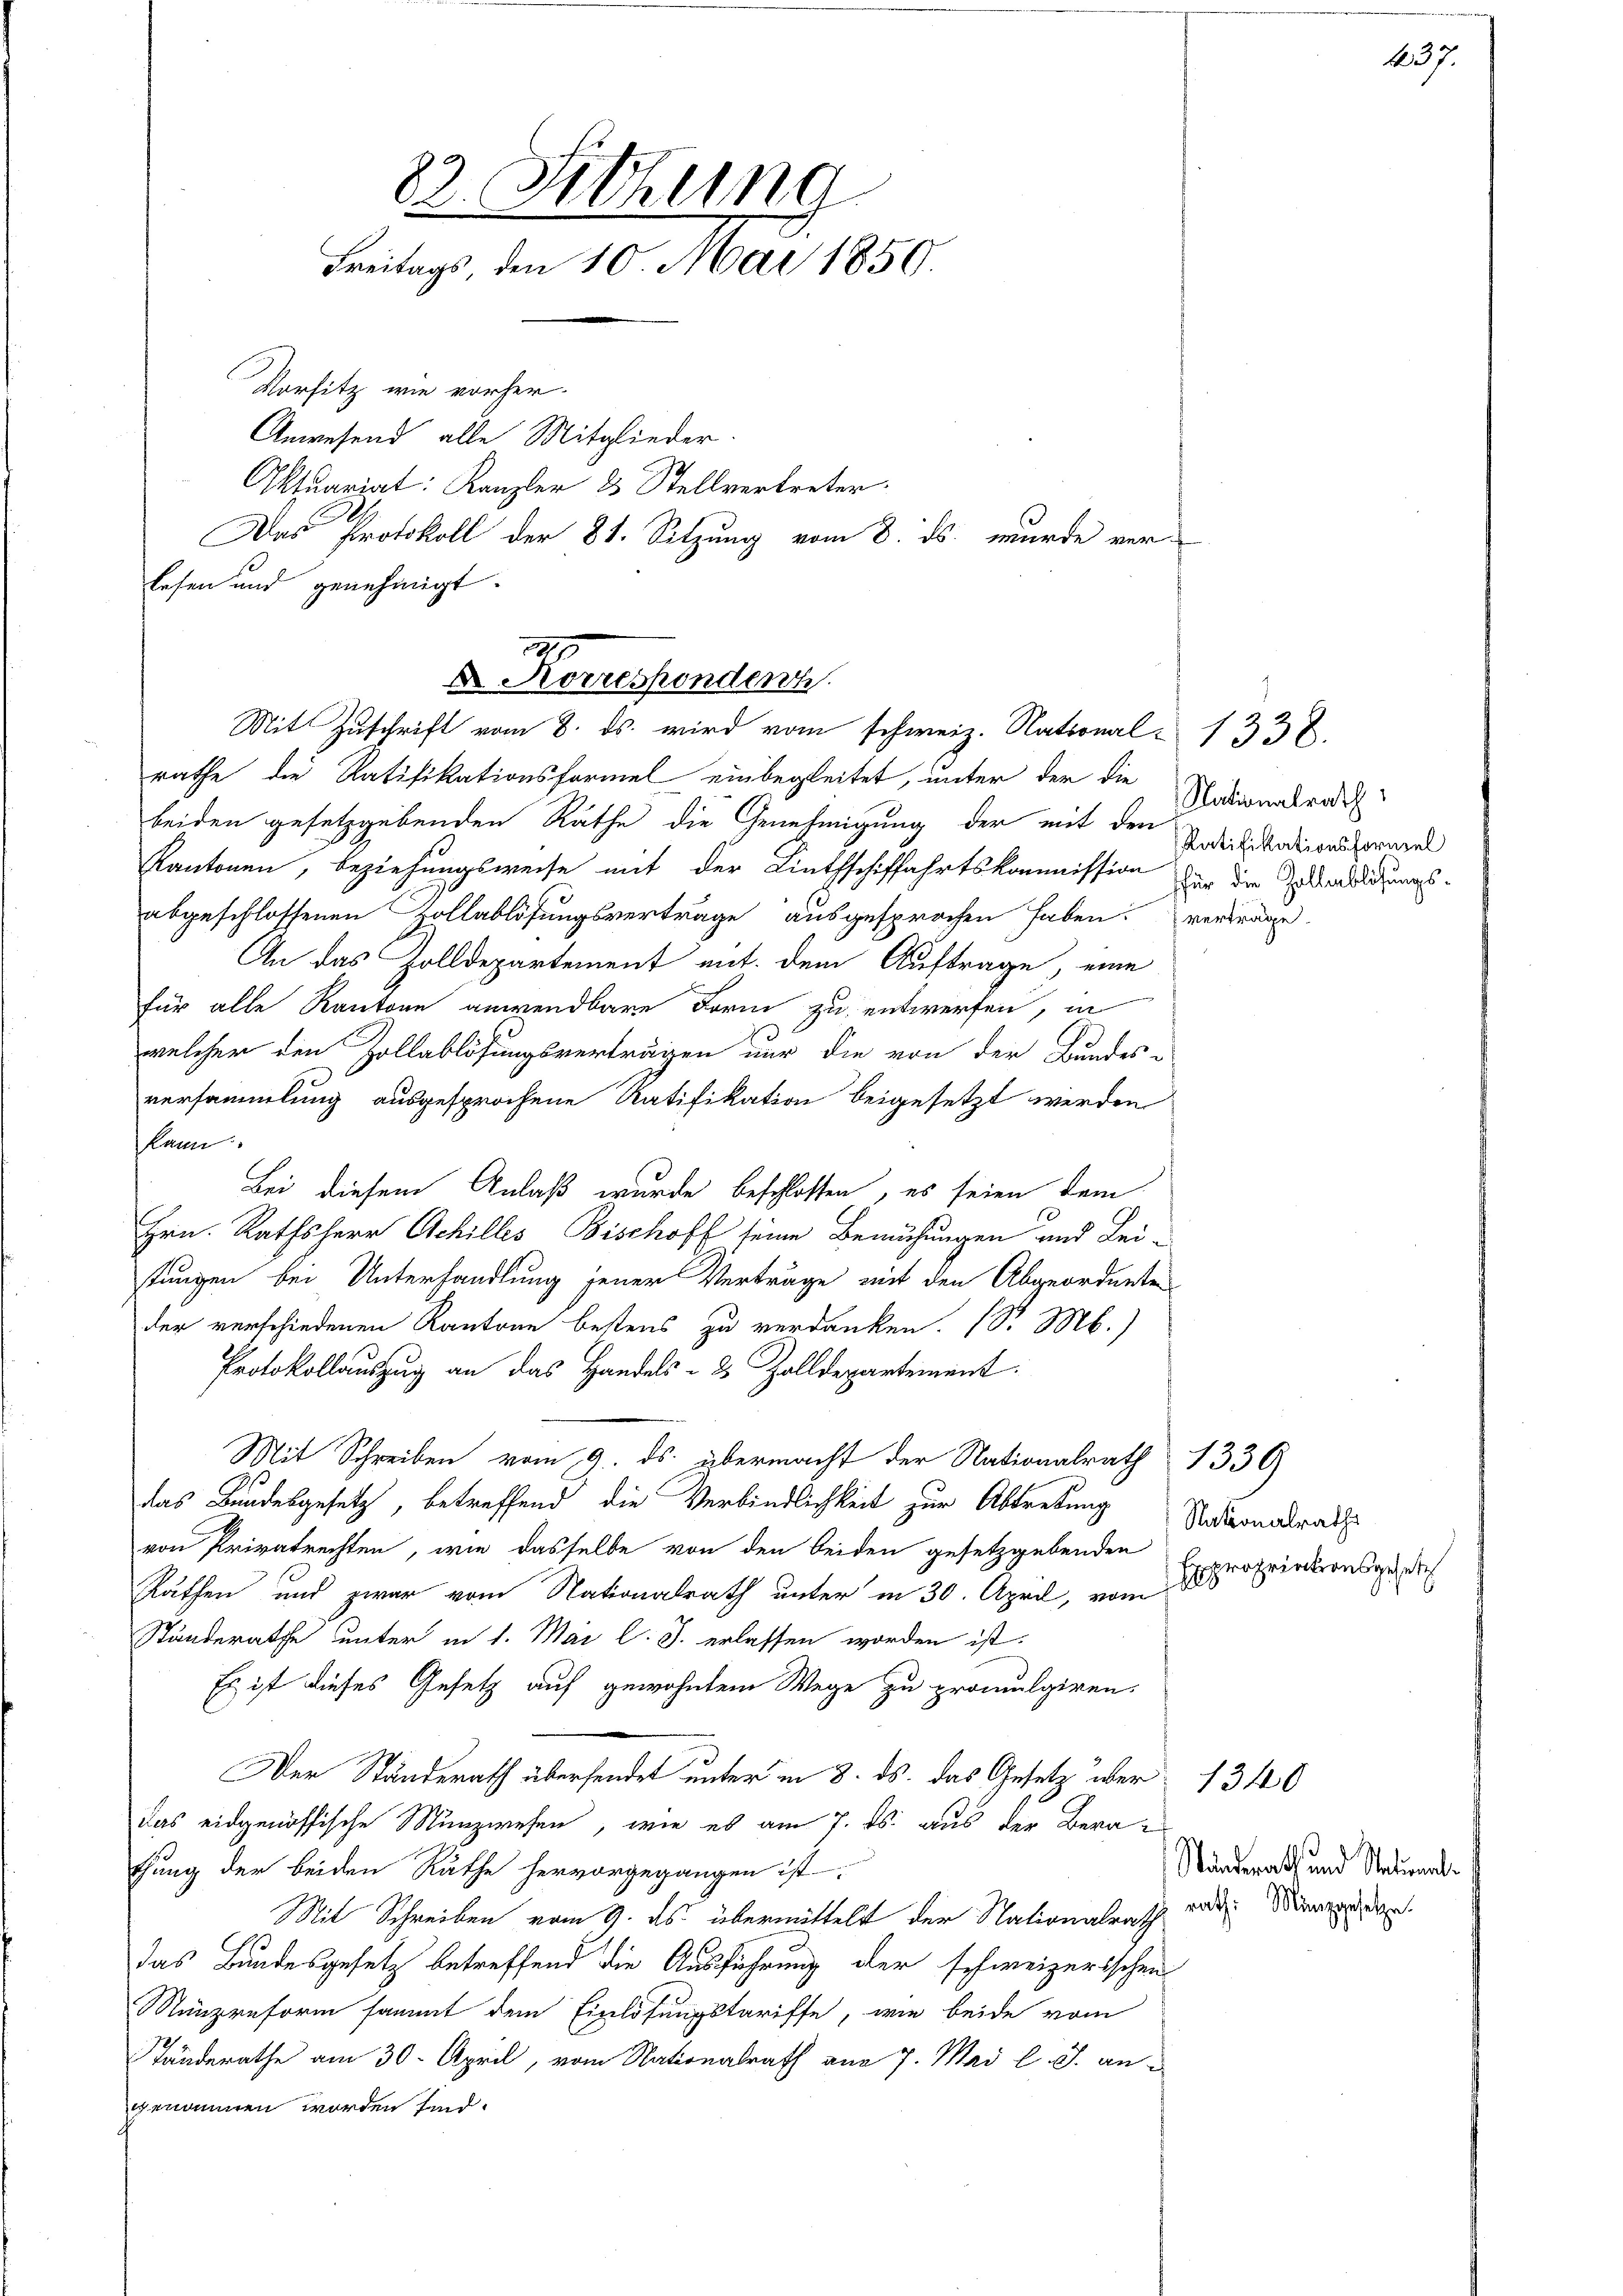
82. Sitzung
Freitags, den 10. Mai 1850.

rathe die Ratifikationsformel einbegleitet, unter der die
beiden gesetzgebenden Rathe die Genehmigung der mit den
Kantonen, beziehungsweise mit der Linthschiffahrtskommission der die Erledigungs-
abgeschlossenen Zollablösungsverträge ausgesprochen haben. Verträge
An das Zolldepartement mit dem Auftrage, eine
für alle Kantone anwendbare Form zu entwerfen, in
welcher den Zollablösungsverträgen nur die von der Bundes-
versammlung ausgesprochene Ratifikation beigesetzt werden
kann.
Bei diesem Anlaß wurde beschlossen, es seien dem
Hrn. Rathsherr Achilles Bischoff seine Bemühungen und Leitungen bei Unterhandlung jener Verträge mit den Abgeordneten
der verschiedenen Kantone bestens zu verdanken. (S. M.)
Protokollauszug an das Handels- 2 Zolldepartement:
Mit Schreiben vom 9. ds. übermacht der Nationalrath 1336)
das Bundesgesetz, betreffend die Verbindlichkeit zur Abtretung
von Privatrechten, wie dasselbe von den beiden gesetzgebenden
Räthen und zwar vom Nationalrath unter in 30. April, vom Friedensgerich
Ständerathe unter in 1. Mai l. J. erlassen worden ist.
Es ist dieses Gesetz auf gewohntem Wege zu promulgiren.
Der Ständerath übersendet unter in 8. ds. das Gesetz über 1340
das eidgenössische Münzwesen, wie es am 7. ds. aus der Berathung der beiden Räthe hervorgegangen ist
Mit Schreiben vom 9. ds. übermittelt der Nationalrath war Dire
das Bundesgesetz betreffend die Ausführung der schweizerischen
Nünzreform sammt dem Einlösungstariffe, wie beide vom
Tänderathe am 30. April, vom Nationalrath am 7. Mai l. J. angenommen worden sind.

lesen und genehmigt.
Dr Korrespondenz
Mit Zuschrift vom 8. ds. wird vom schweiz. National- 1338

Vorsitz wie vorher.
Anwesend alle Mitglieder
Aktuariat: Kanzler 25 Stellvertreter.
Das Protokoll der 8t. Sitzung vom 8. ds. wurde ver-

Nationalrath
Ratifikationsformel

Nationalraths

A 37.

Ständerath und Stational¬